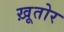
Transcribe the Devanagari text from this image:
ख़ूतोर